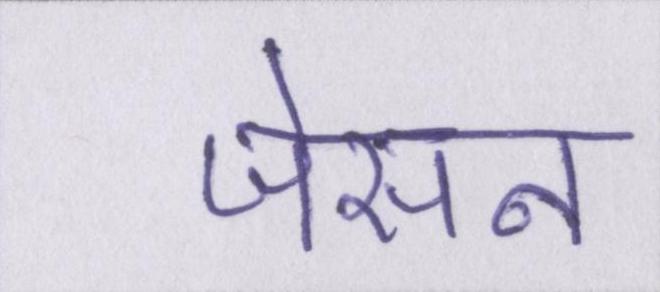
जेसन